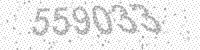
Solution: 559033